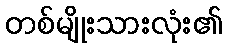
တစ်မျိုးသားလုံး၏